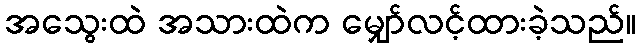
အသွေးထဲ အသားထဲက မျှော်လင့်ထားခဲ့သည်။